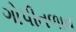
ગોપીતળાવ